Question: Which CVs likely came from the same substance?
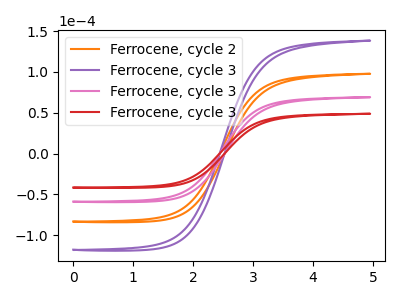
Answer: <think>The orange curve "Ferrocene, cycle 2" has no peaks. The purple curve "Ferrocene, cycle 3" has no peaks. The pink curve "Ferrocene, cycle 3" has no peaks. The red curve "Ferrocene, cycle 3" has no peaks.
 Neither "Ferrocene, cycle 2" or "Ferrocene, cycle 3" have any peaks. Neither "Ferrocene, cycle 2" or "Ferrocene, cycle 3" have any peaks. Neither "Ferrocene, cycle 2" or "Ferrocene, cycle 3" have any peaks. Neither "Ferrocene, cycle 3" or "Ferrocene, cycle 3" have any peaks. Neither "Ferrocene, cycle 3" or "Ferrocene, cycle 3" have any peaks. Neither "Ferrocene, cycle 3" or "Ferrocene, cycle 3" have any peaks.</think>
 <answer>"Ferrocene, cycle 3", "Ferrocene, cycle 2", "Ferrocene, cycle 3" and "Ferrocene, cycle 3" have the same shape and are likely CV's of the same chemical.</answer>
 <eval>"Ferrocene, cycle 3" "Ferrocene, cycle 2" "Ferrocene, cycle 3" "Ferrocene, cycle 3"</eval>